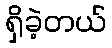
ရှိခဲ့တယ်